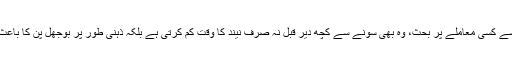
شریک حیات سے کسی معاملے پر بحث، وہ بھی سونے سے کچھ دیر قبل نہ صرف نیند کا وقت کم کرتی ہے بلکہ ذہنی طور پر بوجھل پن کا باعث بھی بنتی ہے۔